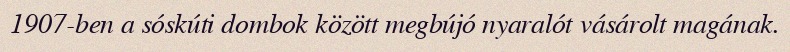
1907-ben a sóskúti dombok között megbújó nyaralót vásárolt magának.